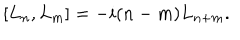
\left[ L _ { n } , L _ { m } \right] = - i ( n - m ) L _ { n + m } .